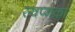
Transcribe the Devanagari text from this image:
स्वप्नका